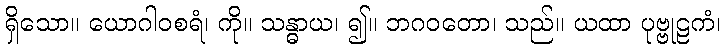
ရှိသော။ ယောဂါဝစရံ၊ ကို။ သန္ဓာယ၊ ၍။ ဘဂဝတော၊ သည်။ ယထာ ပုဗ္ဗုဠကံ၊